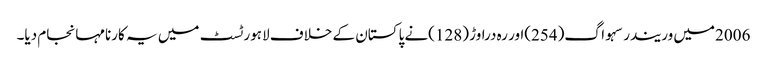
2006میں وریندر سہواگ(254)اور رہ دراوڑ (128)نے پاکستان کے خلاف لاہور ٹسٹ میں یہ کارنامہانجام دیا۔